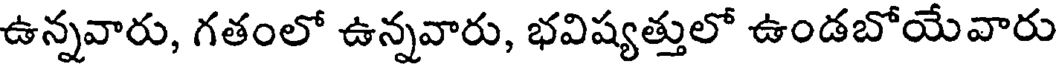
ఉన్నవారు, గతంలో ఉన్నవారు, భవిష్యత్తులో ఉండబోయేవారు